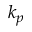
k _ { p }